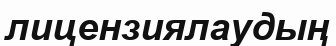
лицензиялаудың